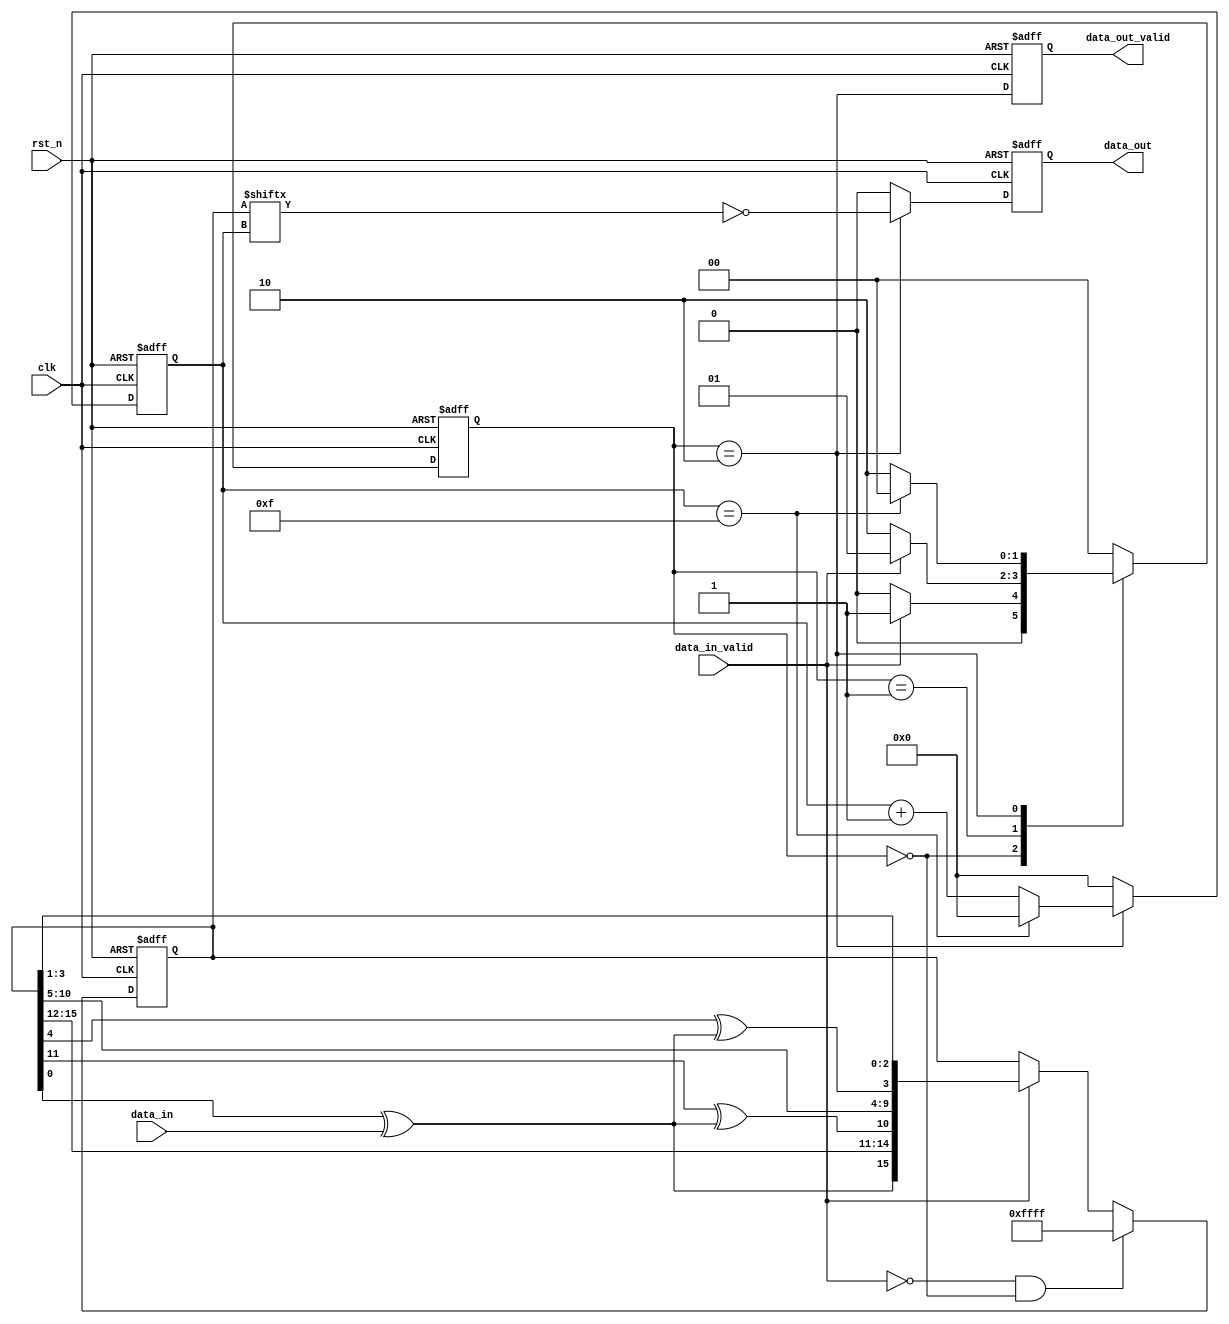
module CRC (
    input  wire clk           , // Clock
    input  wire rst_n         , // Asynchronous reset active low
    input  wire data_in       ,
    input  wire data_in_valid ,
    output reg  data_out      ,
    output reg  data_out_valid
);

    reg  [ 3 : 0] out_ptr, out_ptr_nxt;
    reg  [ 1 : 0] state_ff, state_ff_nxt;
    reg  [15 : 0] ff      ;
    wire [15 : 0] next_ff ;

    assign {next_ff[14:11], next_ff[9:4], next_ff[2:0]} = {ff[15:12], ff[10:5], ff[3:1]};
    assign next_ff[3]  = ff[4] ^ next_ff[15];
    assign next_ff[10] = ff[11] ^ next_ff[15];
    assign next_ff[15] = ff[0] ^ data_in;

    // ff
    always @(posedge clk or negedge rst_n) begin : proc_ff
        if(~rst_n) begin
            ff <= {16{1'b 1}};
        end else if (data_in_valid == 1'b 0 && state_ff == 2'b 00) begin
            ff <= {16{1'b 1}};
        end else if (data_in_valid == 1'b 1) begin
            // ff <= {16{1'b 1}};
            ff <= next_ff;
        end else 
            ff <= ff;
    end

    // out_ptr, state_ff
    always @(posedge clk or negedge rst_n) begin : proc_state_update
        if(~rst_n) begin
            out_ptr  <= {4{1'b 0}};
            state_ff <= 2'b 00;
        end else begin
            out_ptr  <= out_ptr_nxt;
            state_ff <= state_ff_nxt;
        end
    end

    // out_ptr_nxt, state_ff_nxt
    always @(*)    begin
        case (state_ff)
            2'b 00 : begin
                out_ptr_nxt  <= {4{1'b 0}};
                if (data_in_valid == 1'b 1)
                    state_ff_nxt <= 2'b 01;
                else
                    state_ff_nxt <= 2'b 00;
            end

            2'b 01 : begin
                out_ptr_nxt  <= {4{1'b 0}};
                if (data_in_valid == 1'b 0)
                    state_ff_nxt <= 2'b 10;
                else
                    state_ff_nxt <= 2'b 01;
            end

            2'b 10 : begin
                if (out_ptr == {4{1'b 1}}) begin
                    state_ff_nxt <= 2'b 00;
                    out_ptr_nxt  <= {4{1'b 0}};
                end else begin
                    state_ff_nxt <= 2'b 10;
                    out_ptr_nxt  <= out_ptr + 4'h 1;

                end
            end
            default : begin
                state_ff_nxt <= 2'b 00;
                out_ptr_nxt  <= {4{1'b 0}};
            end
        endcase
    end

    // data_out, data_out_valid
    always @(negedge clk or negedge rst_n) begin : proc_out
        if (~rst_n) begin
            data_out       <= 1'b 0;
            data_out_valid <= 1'b 0;
        end else begin
            data_out       <= (state_ff == 2'b 10)? ~ff[out_ptr] : 1'b 0;
            data_out_valid <= state_ff == 2'b 10;
        end
    end
endmodule